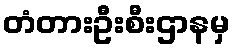
တံတားဦးစီးဌာနမှ